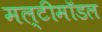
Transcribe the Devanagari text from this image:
मल्टीमॉडल